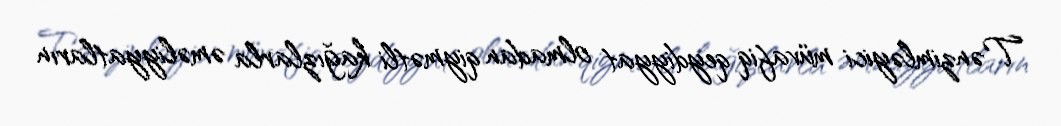
Tənzimləyici müvafiq qeydiyyat olmadan qiymətli kağızlarla əməliyyatların